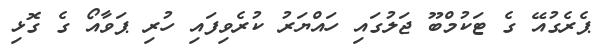
ޕެރެގުއޭ ގެ ޓަކުމްބޫ ޖަލުގައި ހައްޔަރު ކުރެވިފައި ހުރި ޕަވާއޯ ގެ ގޮޅި